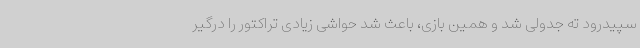
سپیدرود ته جدولی شد و همین بازی، باعث شد حواشی زیادی تراکتور را درگیر